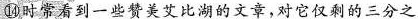
⑭时常看到一些赞美艾比湖的文章，对它仅剩的三分之